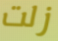
زلت